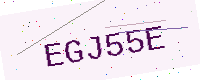
Text: EGJ55E